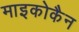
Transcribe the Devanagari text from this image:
माइकोकैन